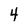
Character: 4